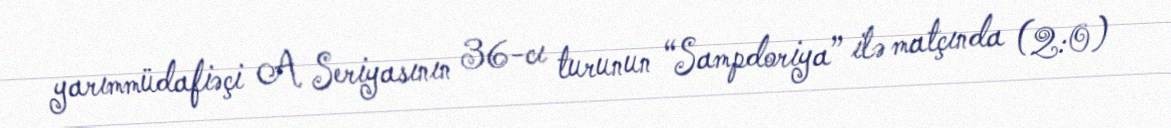
yarımmüdafiəçi A Seriyasının 36-cı turunun “Sampdoriya” ilə matçında (2:0)